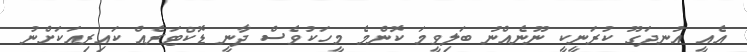
އެއީ އުނދަގޫ ކުރަނީކީ ނޫނެއްނު ބަލިވީމަ ކޮންމެ މީހަކުވެސް ދާނީ ޑޮކްޓަރެއް ކައިރިއަކަށްނު